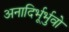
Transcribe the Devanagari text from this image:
अनादिर्भूर्भुवो